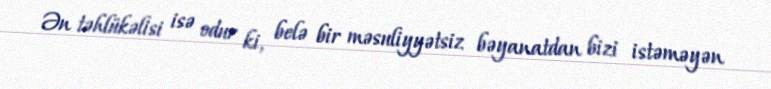
Ən təhlükəlisi isə odur ki, belə bir məsuliyyətsiz bəyanatdan bizi istəməyən